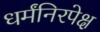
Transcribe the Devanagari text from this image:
धर्मंनिरपेक्ष